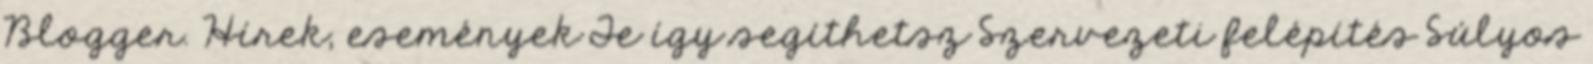
Blogger. Hírek, események Te így segíthetsz Szervezeti felépítés Súlyos